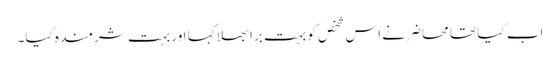
اب کیا تھا محاضر نے اس شخص کو بہت برا بھلا کہا اور بہت شرمندہ کیا۔